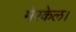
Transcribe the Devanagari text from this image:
मेरकेल।